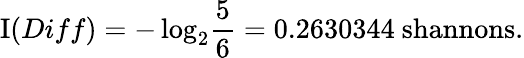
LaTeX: \operatorname{I}(Diff)=-\log_{2}\! {\frac{5}{6}}=0.2630344{\mathrm{~shannons}}.